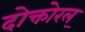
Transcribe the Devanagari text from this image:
दोक्तोरल्